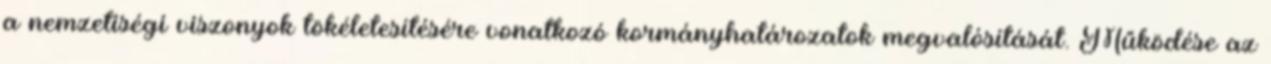
a nemzetiségi viszonyok tökéletesítésére vonatkozó kormányhatározatok megvalósítását. Működése az